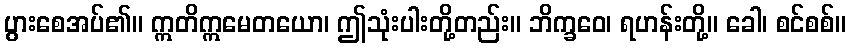
ပွားစေအပ်၏။ ဣတိဣမေတယော၊ ဤသုံးပါးတို့တည်း။ ဘိက္ခဝေ၊ ရဟန်းတို့။ ခေါ၊ စင်စစ်။